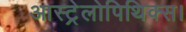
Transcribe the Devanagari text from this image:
आस्ट्रेलोपिथिक्स।